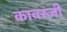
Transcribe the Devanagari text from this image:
कावस्जी